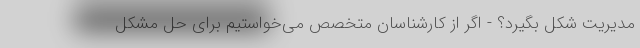
مدیریت شکل بگیرد؟ - اگر از کارشناسان متخصص می‌خواستیم برای حل مشکل